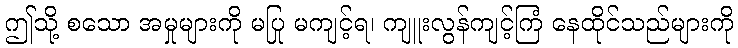
ဤသို့ စသော အမှုများကို မပြု မကျင့်ရ၊ ကျူးလွန်ကျင့်ကြံ နေထိုင်သည်များကို